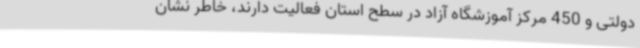
دولتی و 450 مرکز آموزشگاه آزاد در سطح استان فعالیت دارند، خاطر نشان